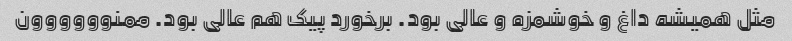
مثل همیشه داغ و خوشمزه و عالی بود. برخورد پیک هم عالی بود. ممنوووووون